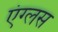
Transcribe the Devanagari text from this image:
एंग्लस